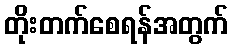
တိုးတက်စေရန်အတွက်